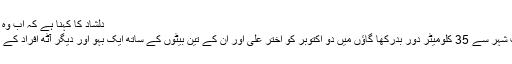
دلشاد کا کہنا ہے کہ اب وہ دلیر سنگھ بن گئے ہیں
اتر پردیش میں باغ پت شہر سے 35 کلومیٹر دور بدرکھا گاؤں میں دو اکتوبر کو اختر علی اور ان کے تین بیٹوں کے ساتھ ایک بہو اور دیگر آٹھ افراد کے ہندو بننے کی خبر آئی۔